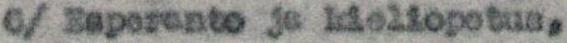
6/ Esperanto ja kieliopetus,